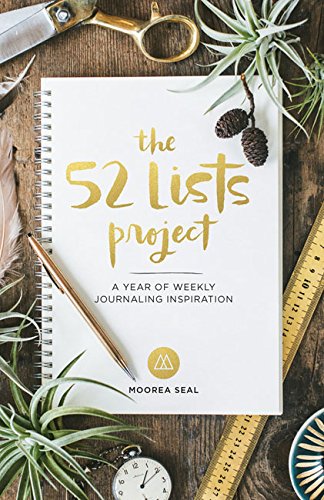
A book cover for The 52 Lists Project: A Year of Weekly Journaling Inspiration; Moorea Seal; Self-Help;